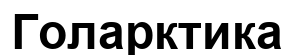
Голарктика